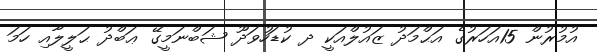
އުމުރުން 15އަހަރުގެ އަޙްމަދު ޒައުލްއަކީ ދ ކުޑަހުވަދޫ ޝަބްނަމީގޭ ޢަބްދު ޙަލީލާއި ހަމަ